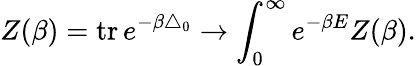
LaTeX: Z(\beta)=\mathrm{tr}\, e^{-\beta\triangle_{0}}\rightarrow\int_{0}^{\infty}e^{-\beta E}Z(\beta).